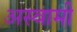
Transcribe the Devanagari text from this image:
अस्वामी